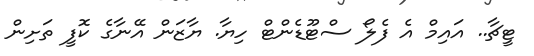
ޓީޗާ.. އައިމް އެ ފެލޯ ސްޓޫޑެންޓް ހިޔާ. ޔާޒަން އޭނާގެ ކޮފީ ތަށިން